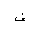
Letter: _fa